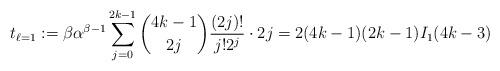
LaTeX: \begin{align*} t_{\ell=1} := \beta \alpha^{\beta-1} \sum_{j=0}^{2k-1} \binom{4k-1}{2j} \frac{(2j)!}{j!2^{j}} \cdot 2j = 2(4k-1)(2k-1)I_{1}(4k-3) \end{align*}